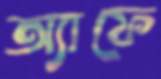
অ্যাফে